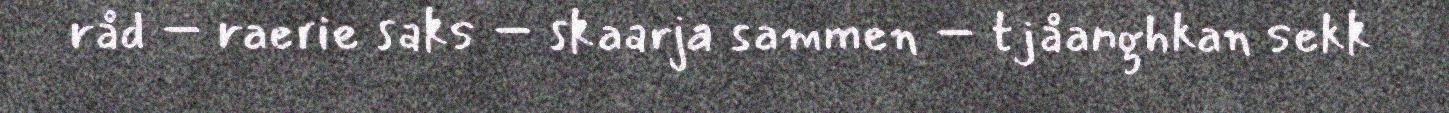
råd – raerie saks – skaarja sammen – tjåanghkan sekk